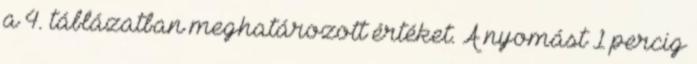
a 4. táblázatban meghatározott értéket. A nyomást 1 percig